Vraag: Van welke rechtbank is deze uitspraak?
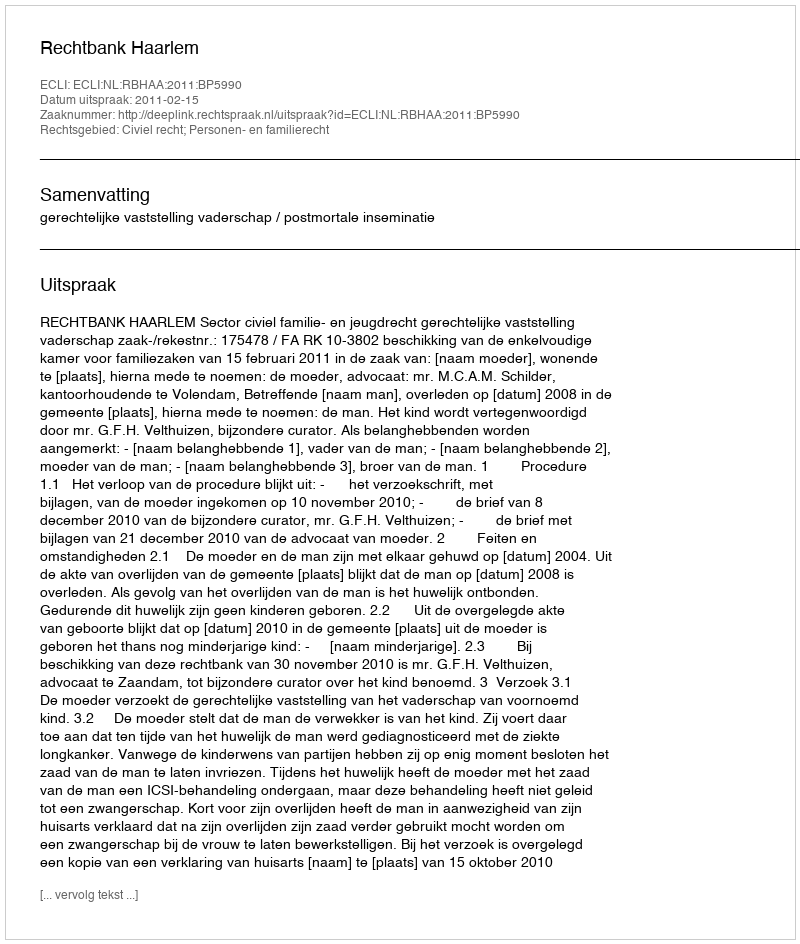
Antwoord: Rechtbank Haarlem